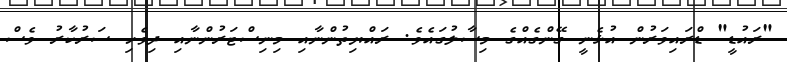
"ރައުޑީ" ޑްރައިވަރުން އުޅެނީ ގޭންގެއްގެ މިސާލުގައެވެ. ރައްޔިތުންނާއި މިނިސްޓަރުންނާއި ދިވެހި ސަރުކާރު ވެސް